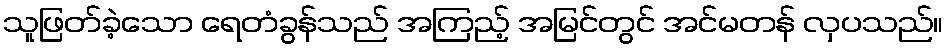
သူဖြတ်ခဲ့သော ရေတံခွန်သည် အကြည့် အမြင်တွင် အင်မတန် လှပသည်။